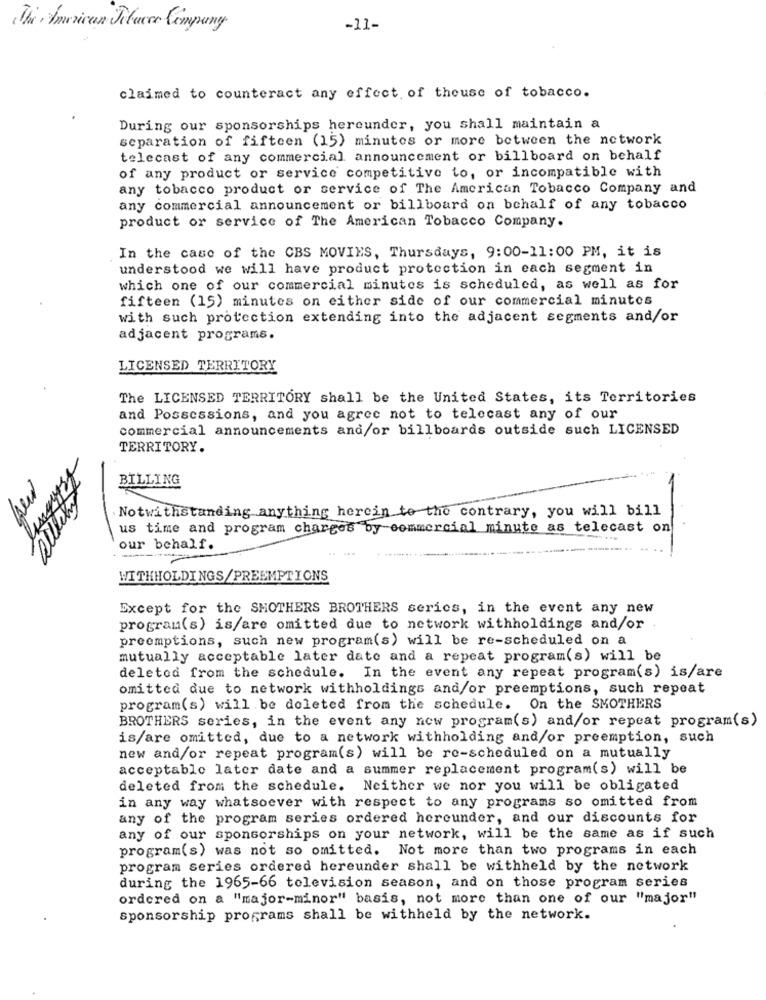
The American Felavec Company
-11-
claimed to counteract any effect, of theuse of tobacco.
During our sponsorships hereunder, you shall maintain a
separation of fifteen (15) minutes or more between the network
telecast of any commercial announcement or billboard on behalf
of any product or service competitive to, or incompatible with
any tobacco product or service of The American Tobacco Company and
any commercial announcement or billboard on behalf of any tobacco
product or service of The American Tobacco Company.
In the case of the CBS MOVIES, Thursdays, 9:00-11:00 PM, it is
understood we will have product protection in each segment in
which one of our commercial minutes is scheduled, as well as for
fifteen (15) minutes on either side of our commercial minutes
with such protection extending into the adjacent segments and/or
adjacent programs.
LICENSED TERRITORY
The LICENSED TERRITORY shall be the United States, its Territories
and Possessions, and you agree not to telecast any of our
commercial announcements and/or billboards outside such LICENSED
TERRITORY.
BILLING
Notwithstanding anything herein to the contrary, you will bill
us time and program charges by commercial minute as telecast on
ou
our behalf.
WITHHOLDINGS/PREEMPTIONS
Except for the SMOTHERS BROTHERS series, in the event any new
program(s) is/are omitted due to network withholdings and/or
preemptions, such new program(s) will be re-scheduled on a
mutually acceptable later date and a repeat program(s) will be
deleted from the schedule. In the event any repeat program(s) is/are
omitted due to network withholdings and/or preemptions, such repeat
program(s) will be deleted from the schedule. On the SMOTHERS
BROTHERS series, in the event any new program(s) and/or repeat program(s)
is/are omitted, due to a network withholding and/or preemption, such
new and/or repeat program(s) will be re-scheduled on a mutually
acceptable later date and a summer replacement program(s) will be
deleted from the schedule. Neither we nor you will be obligated
in any way whatsoever with respect to any programs so omitted from
any of the program series ordered hereunder, and our discounts for
any of our sponsorships on your network, will be the same as if such
program(s) was not so omitted. Not more than two programs in each
program series ordered hereunder shall be withheld by the network
during the 1965-66 television season, and on those program series
ordered on a "major-minor" basis, not more than one of our "major"
sponsorship programs shall be withheld by the network.